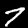
Digit: 7